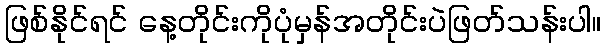
ဖြစ်နိုင်ရင် နေ့တိုင်းကိုပုံမှန်အတိုင်းပဲဖြတ်သန်းပါ။